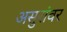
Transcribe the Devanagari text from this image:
असुरांवर